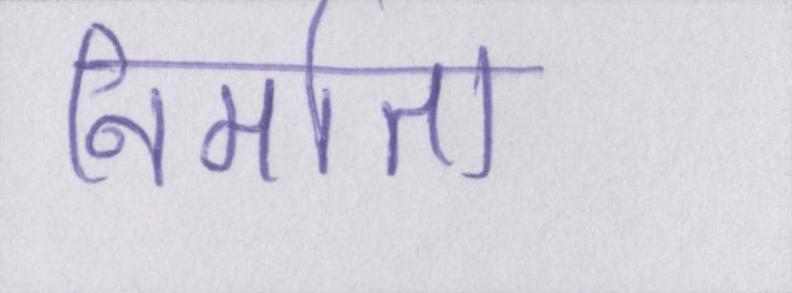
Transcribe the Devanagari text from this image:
निर्माता